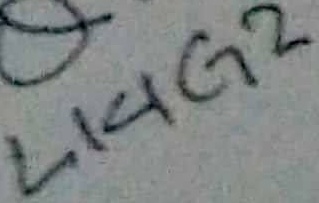
Text: L14G2